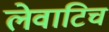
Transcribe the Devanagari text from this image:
लेवाटिच